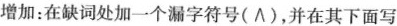
增加：在缺词处加一个漏字符号(∧)，并在其下面写